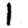
Digit: 1